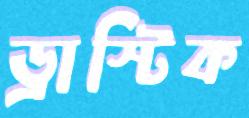
ড্রাস্টিক